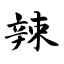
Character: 辣